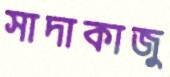
সাদাকাজু